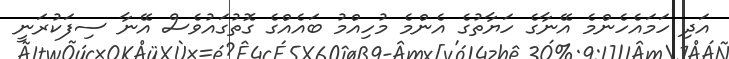
އަދި ހަމައެހެންމެ އޭނާގެ ހަޔާތުގެ އެންމެ މުހިއްމު ބައެއްގެ ގޮތުގައުވެސް އޭނާ ސިފަކުރަނީ